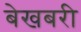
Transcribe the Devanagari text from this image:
बेखबरी